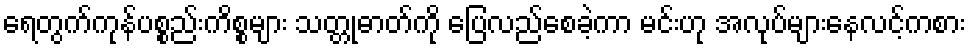
ရေတွက်ကုန်ပစ္စည်းကိစ္စများ သတ္တုဓာတ်ကို ပြေလည်စေခဲ့ကာ မင်းဟု အလုပ်များနေလင့်ကစား